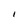
Character: I